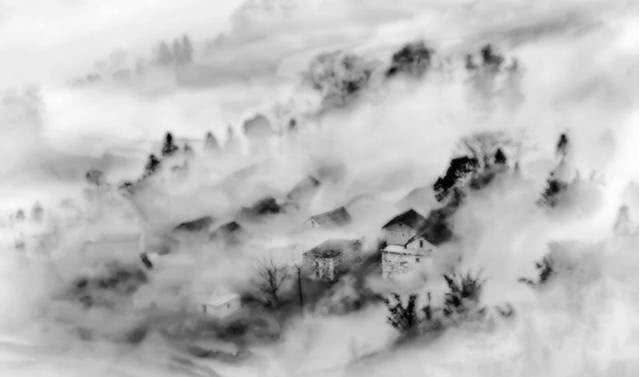
落叶满空山，何处寻行迹。